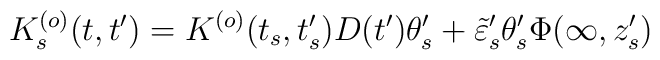
K_s^{(o)}(t,t')=K^{(o)}(t_s,t_s')D(t')\theta_s'+ \tilde\varepsilon_s'\theta_s'\Phi(\infty,z_s')